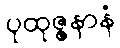
ပုထုဇ္ဇနာနံ